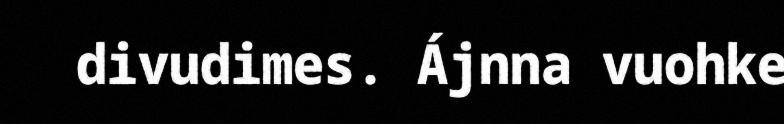
divudimes. Ájnna vuohke